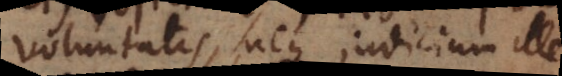
voluntatis, neque judicium ille